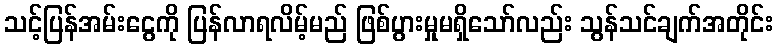
သင့်ပြန်အမ်းငွေကို ပြန်လာရလိမ့်မည် ဖြစ်ပွားမှုမရှိသော်လည်း သွန်သင်ချက်အတိုင်း